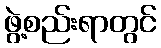
ဖွဲ့စည်းရာတွင်